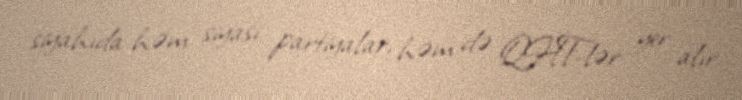
siyahıda həm siyasi partiyalar, həm də QHT-lər yer alır.